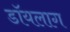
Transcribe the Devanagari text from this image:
डॉयलाग